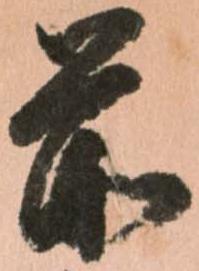
前